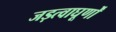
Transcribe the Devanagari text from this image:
जड़त्वाघूर्णों